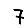
Digit: 7